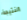
النتيجة